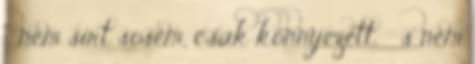
nem sírt sosem, csak könnyezett, s nem